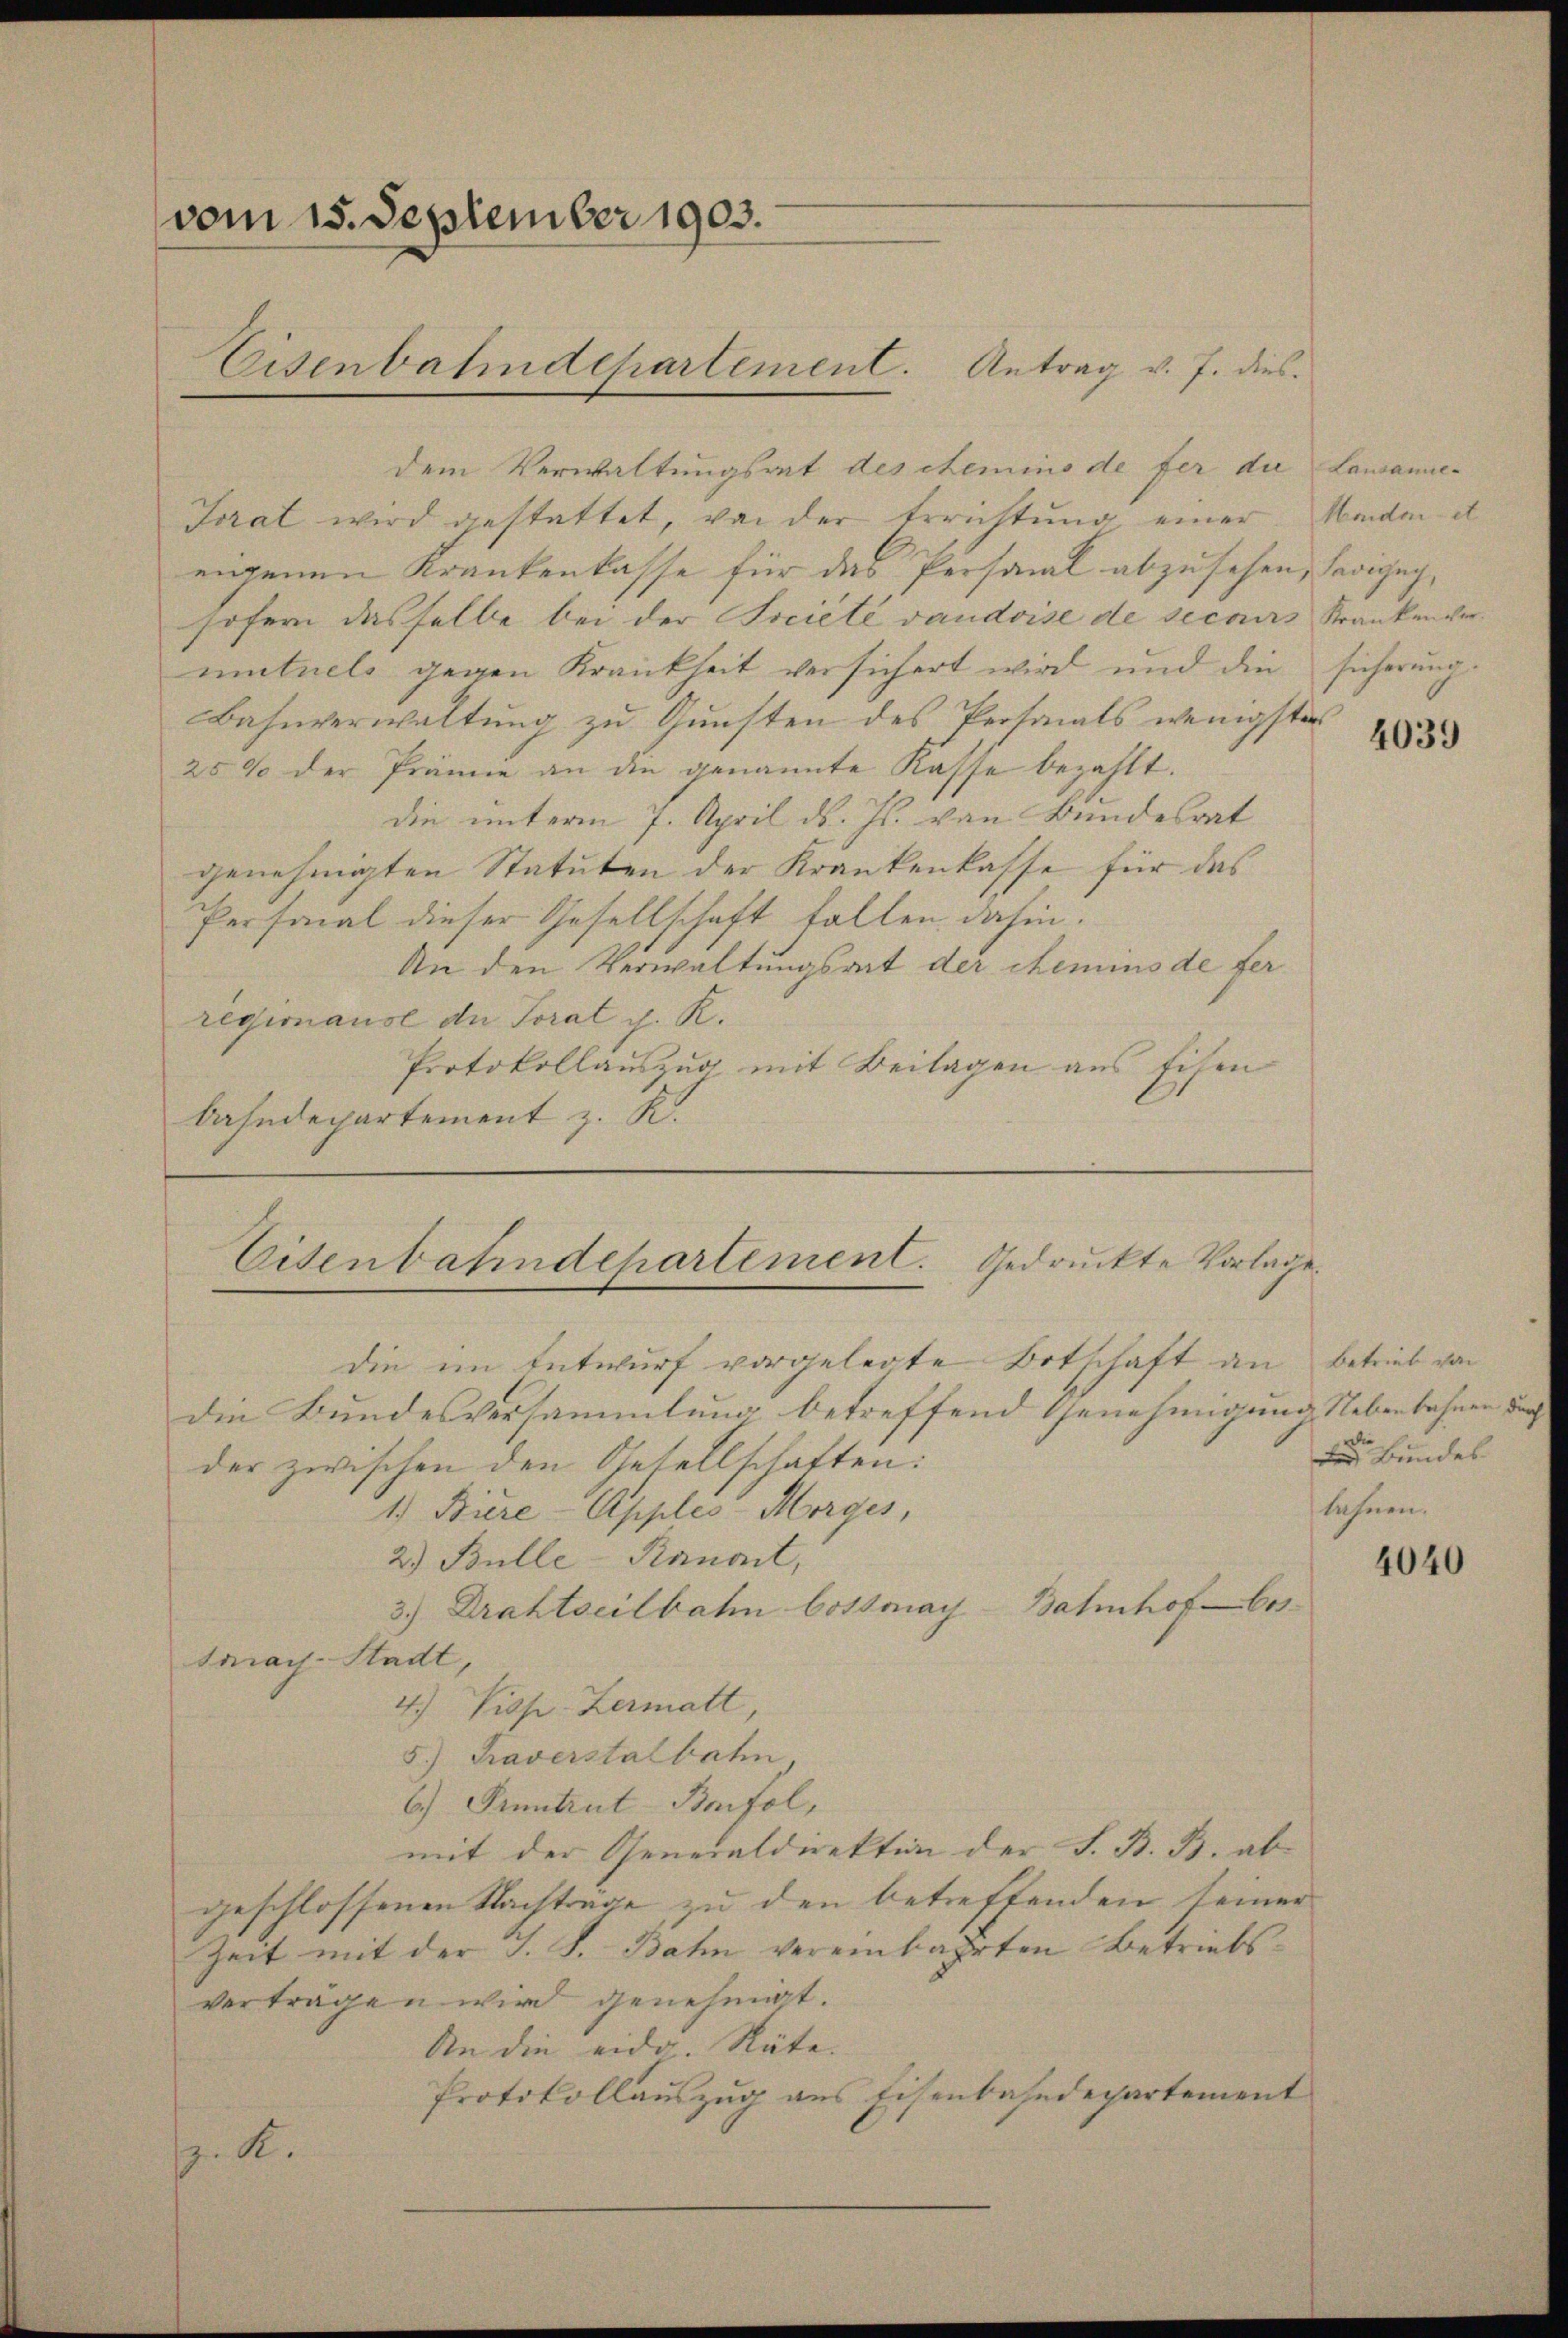
vom 15. September 1903.
Eisenbahndepartement. Antrag v. J. dies

dem Verwaltungsrat des ehemino de fer die Lausanne¬
Trat wird gestattet, von der Errichtung einer Morden d
eigenen Krankenkasse für das Personal abzusehen, Savigny,
sofern dasselbe bei der Société vaudoise de secours Krankenvermutuels gegen Krankheit versichert wird und die sicherung
Bahnverwaltung zu Gunsten des Personals wenigste
25% der Prämie an die genannte Kasse bezahlt.
die unterm 7. April d. Js. von Bundesrat
genehmigten Statuten der Krankenkasse für das
Personal dieser Gesellschaft fallen dahin.
An den Verwaltungsrat der Chemins de fer
regimause de Torat J. K.
Protokollauszug mit Beilagen aus Eisen
bahndepartement z. K.

die Bundesversammlung betreffend Genehmigung Nebenbahnen durch
der zwischen den Gesellschaften:
1.) Biere - Apples-Morges,
2.) Bulle-Kanont,
Bahnhof bes
3.) Drahtseilbahn bottmay
Stadt,
karach
4.) Disp. Zermatt,
5.) Taverstalbahn,
6.) Pruntrut Befol,
mit der Generaldirektion der S. B. B. abgeschlossenen Nachträge zu den betreffenden seiner
Zeit mit der S. S. Bahn vereinbahrten Betriebsvertragen wird genehmigt.
An die eidg. Räte. |
Protokollauszug aus Eisenbahndepartement
. K.

Eisenbahndepartement. Gedruckte Vorlage.
die im Entwurf vorgelegte Botschaft an betrieb von

4039

Bundes
lehnen.

4040